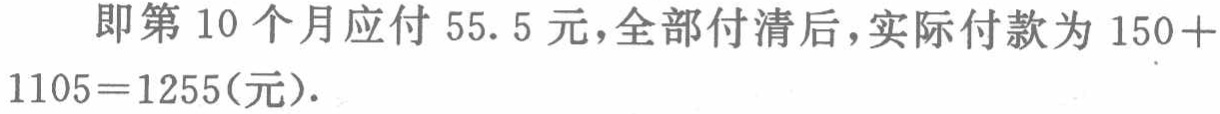
即第 10 个月应付 55.5 元，全部付清后，实际付款为 \(150 + 1105 = 1255\)（元）.